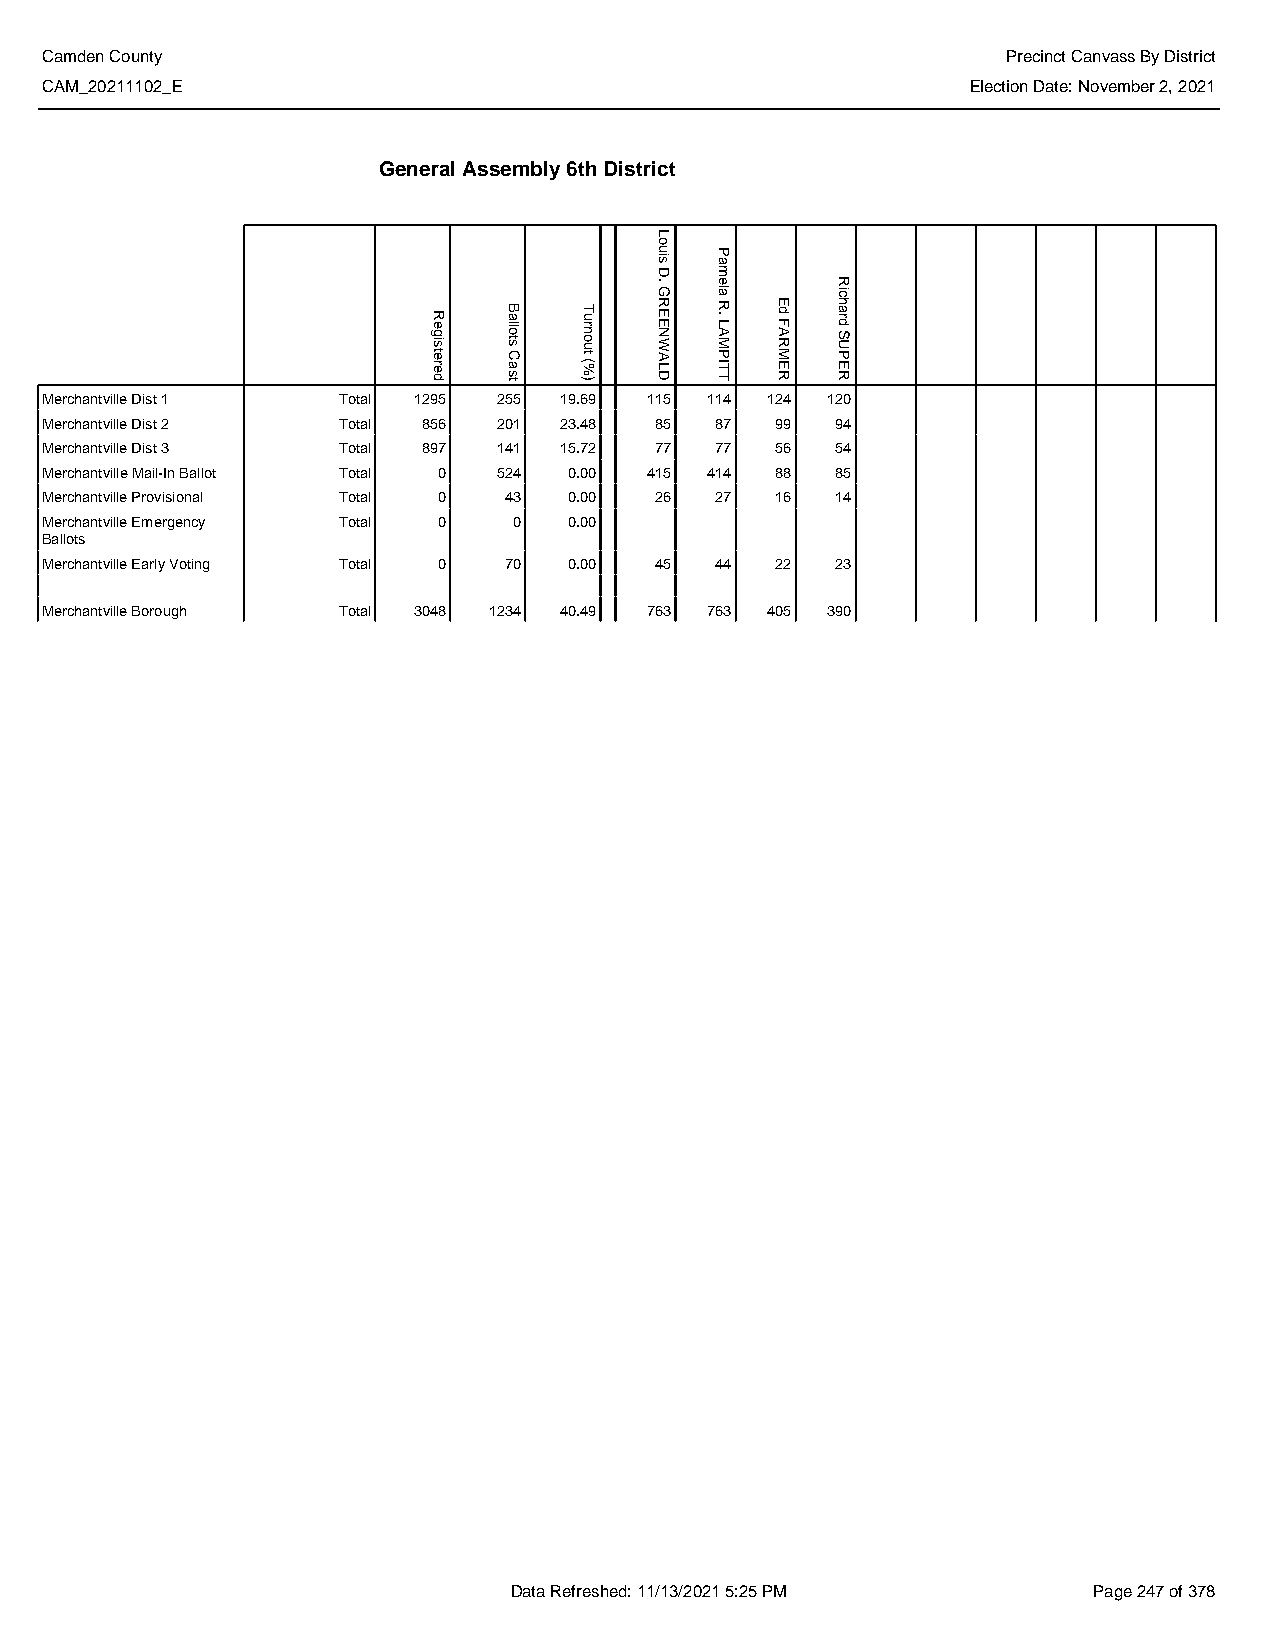
Camden County                                                   Precinct Canvass By District
 CAM_20211102_E                                               Election Date: November 2, 2021
 General Assembly 6th District
 Merchantville Dist 1 Total 1295 255 19.69 115 114 124 120
 Merchantville Dist 2 Total 856 201 23.48 85 87  99  94
 Merchantville Dist 3 Total 897 141 15.72 77 77  56  54
 Merchantville Mail-In Ballot Total 0 524 0.00 415 414 88 85
 Merchantville Provisional Total 0 43 0.00 26 27 16  14
 Merchantville Emergency Total 0 0  0.00
 Ballots
 Merchantville Early Voting Total 0 70 0.00 45 44 22 23
 Merchantville Borough Total 3048 1234 40.49 763 763 405 390
 Data Refreshed: 11/13/2021 5:25 PM    Page 247 of 378
 Registered
 Ballots
 Cast
 Turnout
 (%)
 Louis
 D.
 GREENWALD
 Pamela
 R.
 LAMPITT
 Ed
 FARMER
 Richard
 SUPER